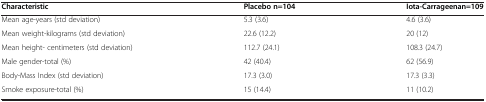
| Characteristic | Placebo n=104 | Iota-Carrageenan=109 |
 | --- | --- | --- |
 | Mean age-years (std deviation) | 5.3 (3.6) | 4.6 (3.6) |
 | Mean weight-kilograms (std deviation) | 22.6 (12.2) | 20 (12) |
 | Mean height- centimeters (std deviation) | 112.7 (24.1) | 108.3 (24.7) |
 | Male gender-total (%) | 42 (40.4) | 62 (56.9) |
 | Body-Mass Index (std deviation) | 17.3 (3.0) | 17.3 (3.3) |
 | Smoke exposure-total (%) | 15 (14.4) | 11 (10.2) |